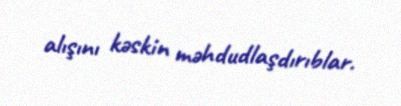
alışını kəskin məhdudlaşdırıblar.